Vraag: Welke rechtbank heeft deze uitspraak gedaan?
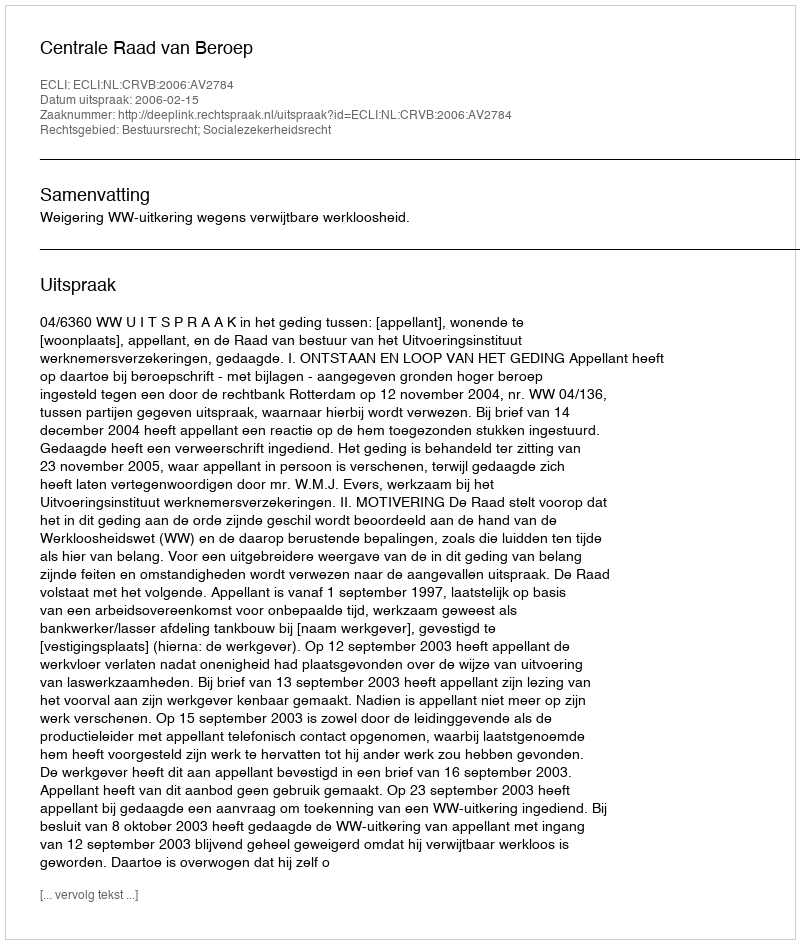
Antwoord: Centrale Raad van Beroep